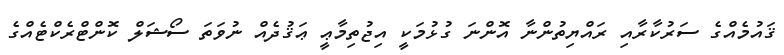
ޤައުމެއްގެ ސަރުކާރާއި ރައްޔިތުންނާ އޮންނަ ގުޅުމަކީ އިޖުތިމާޢީ ޢަޤުދެއް ނުވަތަ ސޯޝަލް ކޮންޓްރެކްޓެއްގެ